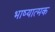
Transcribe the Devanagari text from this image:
भाष्यात्मक